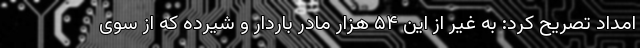
امداد تصریح کرد: به غیر از این ۵۴ هزار مادر باردار و شیرده که از سوی